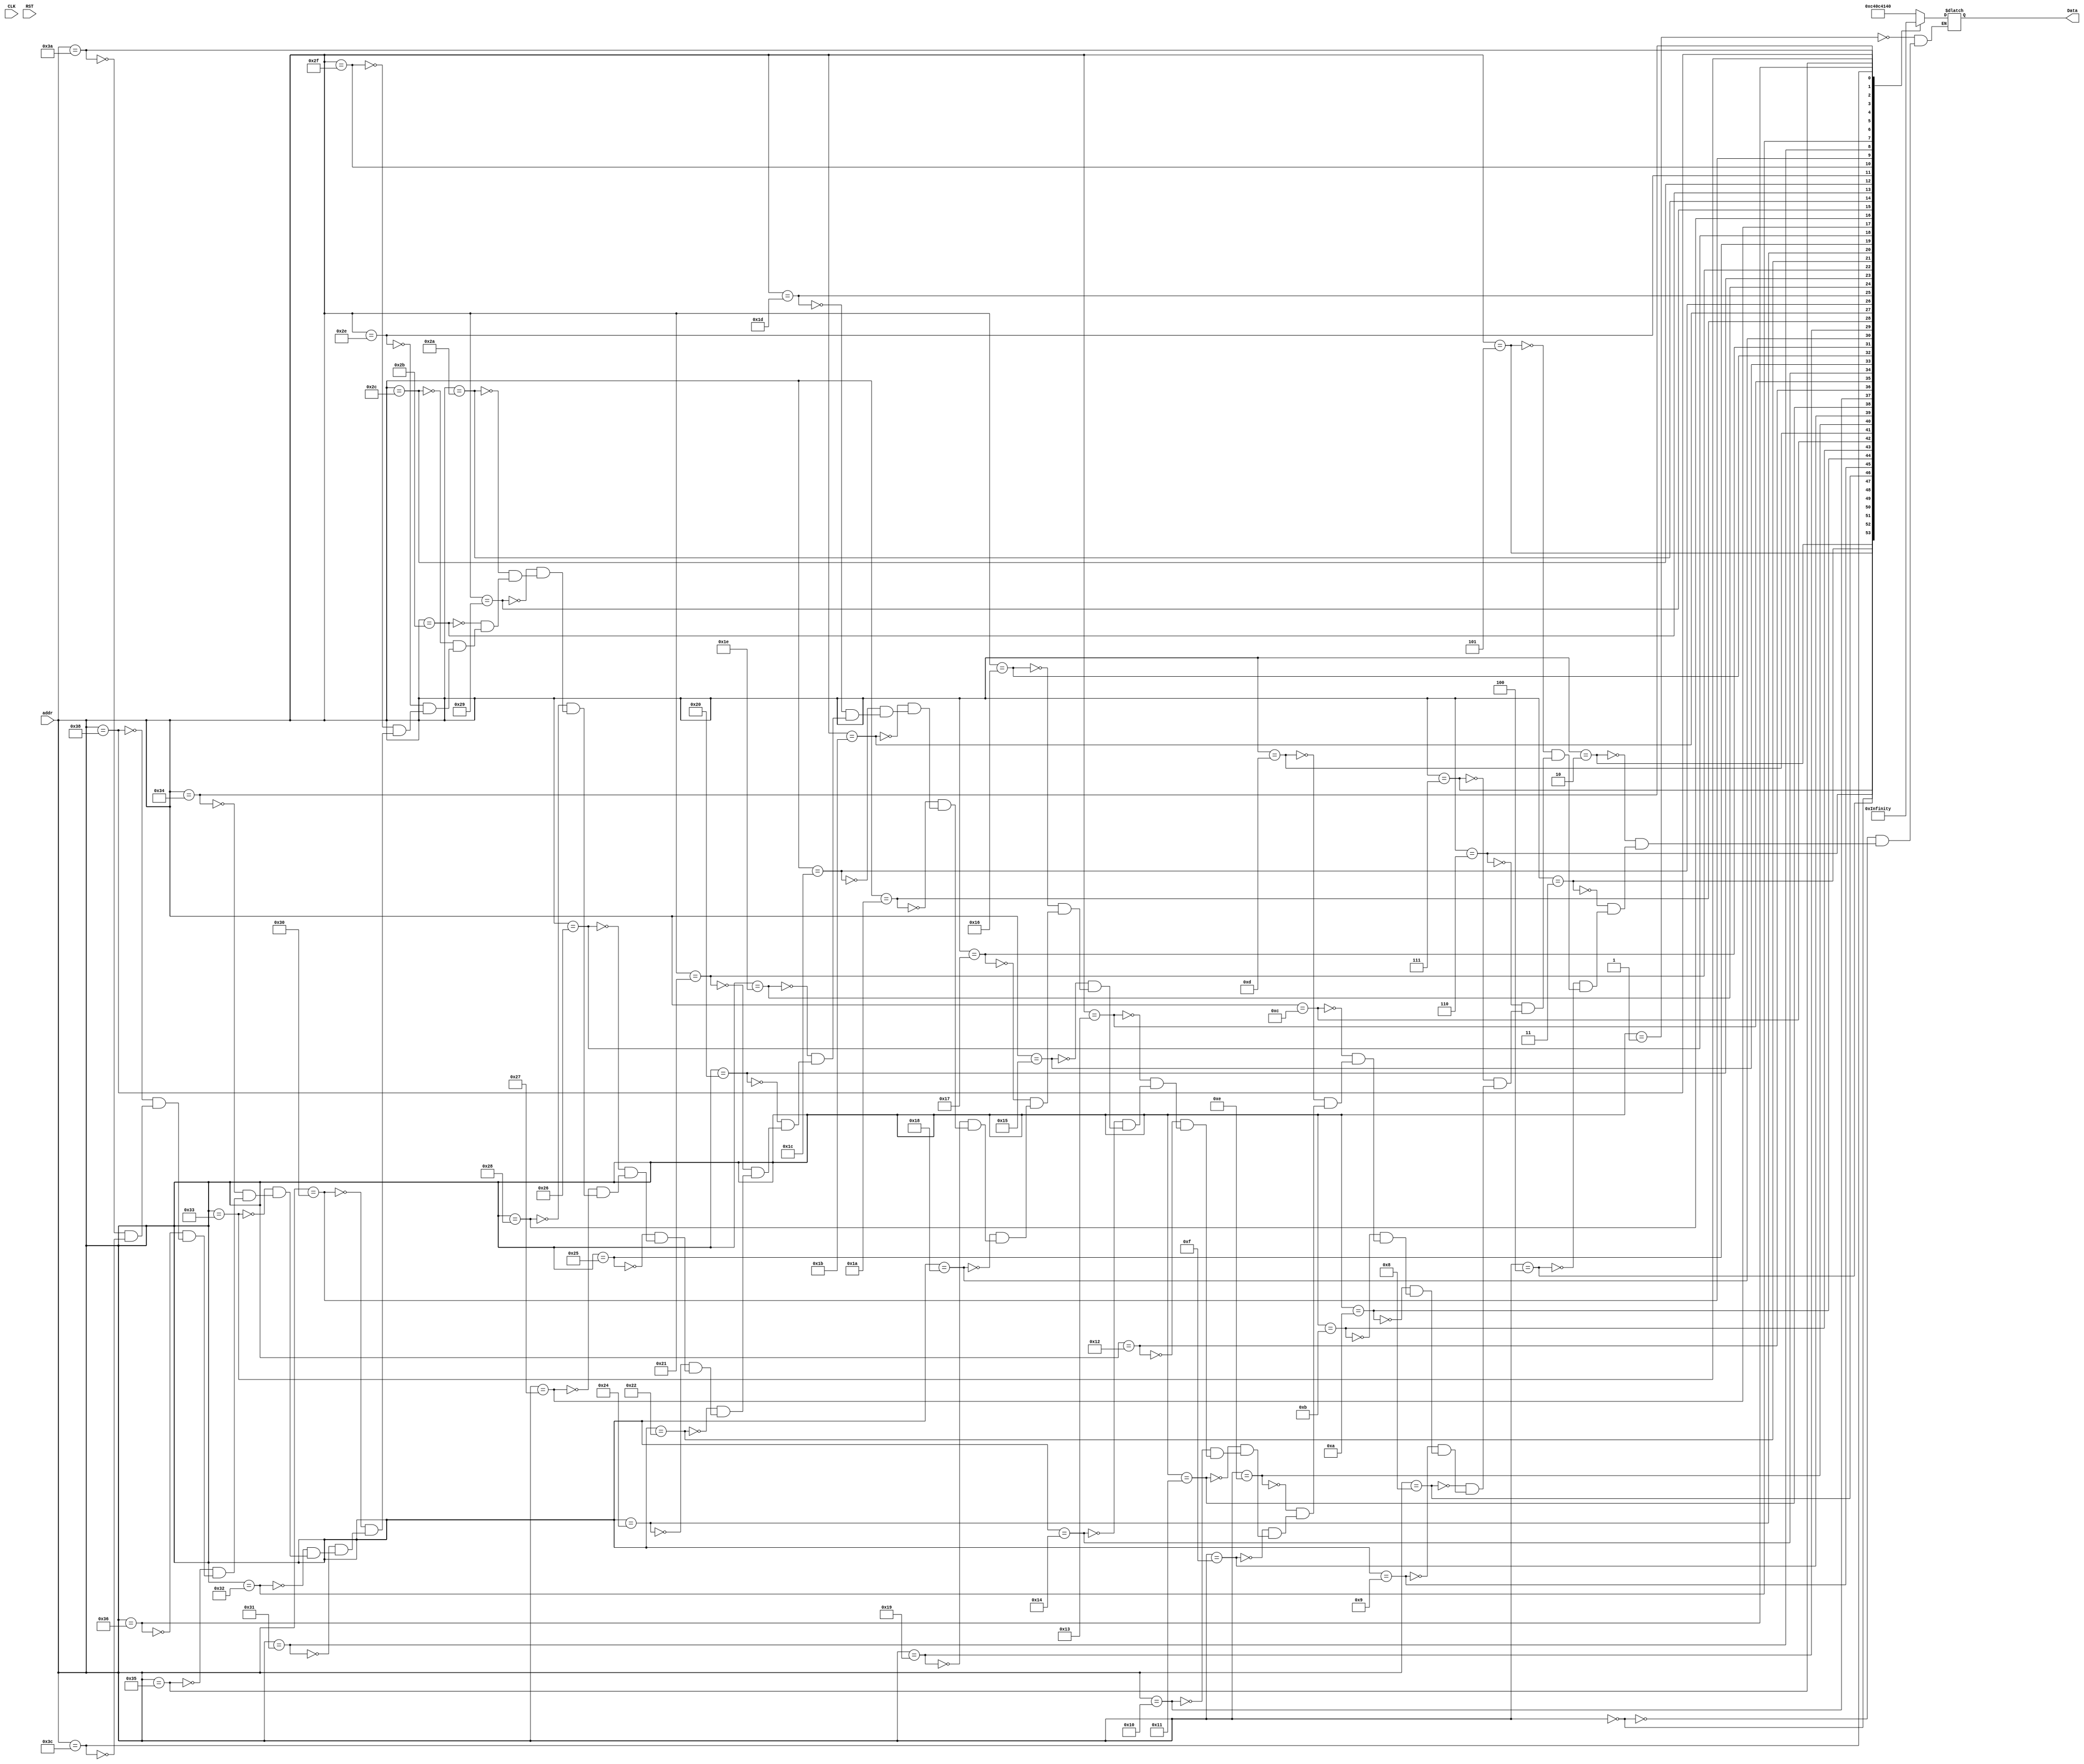


  module inst_mem(CLK, addr, Data,RST);

  input CLK,RST;
  input [5:0]addr;
  output reg[31:0]Data;
  

   always @(*) begin
             case(addr)
	  //******************* reg-reg Operation********************/ 

		 6'd1:    Data =    32'b1100_0100_000011_000100_000101_000000;                 // SUB
                 6'd0:    Data =    32'b1100_0000_000000_000001_000010_000000;                 // ADD               
		 6'd2:    Data =    32'b1100_1000_000110_000111_001000_000000;                 // PASS THROUGH
                 6'd3:    Data =    32'b1100_1100_001001_001010_001011_000000;                 // PASS THROUGH 
		 6'd4:    Data =    32'b1100_0001_001100_001101_001110_000000;                 // LOGICAL AND
	     	 6'd5:    Data =    32'b1100_0101_001111_010000_010001_000000;                 // LOGICAL OR
	         6'd6:    Data =    32'b1100_1001_010010_010011_010100_000000;                 // LOGICAL NOT
		 6'd7:    Data =    32'b1100_1101_010101_010110_010111_000000;                 // LOGICAL EQUALITY
                 6'd8:    Data =    32'b1100_0010_011000_011001_011010_000000;                 // BITWISE AND
		 6'd9:    Data =    32'b1100_0110_011011_011100_011101_000000;                 // BITWISE OR
	        6'd10:    Data =    32'b1100_1010_011110_011111_100000_000000;                 // BITWISE NOT
                6'd11:    Data =    32'b1100_1110_100001_100010_100011_000000;                 // BITWISE XOR             
		6'd12:    Data =    32'b1100_0011_100100_100101_100110_000000;                 // SHIFT RIGHT
	        6'd13:    Data =    32'b1100_0111_100111_101000_101001_000000;                 // SHIFT LEFT
                6'd14:    Data =    32'b1100_1011_101010_101011_101100_000000;                 // ARITHMETIC SHIFT LEFT
                6'd15:    Data =    32'b1100_1111_101101_101110_101111_000000;                 // ARITHMETIC SHIFT RIGHT
		
    
      //********************Reg-Imm Operation********************/ 
 
       6'd17:Data =  32'b1001_0100_000001_000011_1001101011_01;   //SUBI  R3 <- Aimm + R1
       6'd16:Data =  32'b1001_0000_000000_000010_1010100110_01;   // ADDI R2 <- Aimm + R0

      //*****************Imm-reg Instruction*********************/
       
       6'd18: Data = 32'b1010_1001_110100_110101_1011001100_01;  //ORI 
       6'd19: Data = 32'b1110_1000_000110_000111_1010010011_01;  //ANI R7 <- R6 & AIMM
       6'd20: Data = 32'b1101_0010_000000_001011_1010011000_01;  //mov R11 <- AIMM

      //**********************Imm-Imm Instruction***********************//
      
      6'd21:  Data = 32'b1111_0000_101000_01010110_10110010_01; // ADD AIMM Bimm

     //**************************Memory instruction********************************/
      
 
       // Opcode, R_INST, W_INST, ADDR(8(BSEL,REG_SEL+opcode(R_W,X,Y,IN))+ 6 + 6+ 10bit(ADDR) + if(2 bit LSB == 2'b11 then Memory Operation)
       
       // 4 byte
       6'd22: Data = 32'b11_00_1_10_0_000000_001000_0000001100_11; //load  R8 <- data(AX-10)[BSEL+ REG-SEL+ R_W+ X+ Y+ IN+ R_INST+ W_INST+ ADDR+ Memory operation] 
              // 3 byte
       6'd23: Data = 32'b10_00_1_10_0_000000_001100_0000001110_11; //load 
              // 2 byte
       6'd24: Data = 32'b01_00_1_10_0_000000_001001_0000001101_11; //load  
              // 1 byte
       6'd25: Data = 32'b00_00_1_10_0_000000_001001_0000001111_11; //load  
    
       
       //4 byte
       6'd26: Data = 32'b11_00_0_10_0_000100_000000_0010001010_11; //store 
      
       6'd27: Data = 32'b10_00_0_10_0_010100_000000_0011001010_11; //store 
            
       6'd28: Data = 32'b01_00_0_10_0_000110_000000_1010001010_11; //store   
             
       6'd29: Data = 32'b00_00_0_10_0_010101_000000_0010001110_11; //store 
       6'd30: Data = 32'b1101_1100_000000_001011_0000000011_01;    // pass through 
      
       //*******Indirect Addressing Mode******/
        //  CLK --> 1:  Load = R_W=1 + X/Y + IN=1 + R_INST + W_INST
        //  CLK --> 2:  IN=0, R_W=0;
           6'd32: Data = 32'b11_00_1_10_1_001011_011100_0000000000_11;                      
           6'd33: Data = 32'b11_00_0_10_0_001011_011100_0000000000_11;   //Load Operation   

           6'd34: Data = 32'b1101_1100_000000_001111_0000000111_01;      // pass through
	 // Store: CLK --> 1: IN=0, R_INST, R_W=0, X/Y, W_INST(any not required for operation) 
	 //        CLK --> 2: IN=1, R_INST, R_W=0, X/Y, W_INST(any)
        6'd36: Data = 32'b11_00_0_10_0_001111_000000_0000000000_11; 
	6'd37: Data = 32'b11_00_0_10_1_001110_000000_0000000000_11; 
        6'd38: Data = 32'b11_00_1_10_0_000000_000000_0000000001_11;       
      //*********************** Jump Instruction *****************//   
      // {BSEL+REGSEL} + {{X/Y} + R_W + IN} +  ADDR 6 bits + {CON 1 bits + CARRY + PARITY + ZERO} + 2 bits jump op
      //
      //  
      //  Cases:  Absolute jump 
      //          Absolute Conditional Jump
      //          Indirect Jump
      //          Indirect Conditional jump
       
       6'd39:  Data = 32'b1100_010101_010110_010111_000000; 

      6'd40:  Data = 32'b1111_0000_101011_000000000000_0000_10  ; 

       6'd41:  Data = 32'b1111_0000_101100_000000000000_1100_10  ;  // Absolute CON - Carry  
       6'd42:  Data = 32'b1111_0000_101001_000000000000_1010_10  ;  
      6'd43:  Data = 32'b1111_0000_101010_000000000000_1001_10  ; 

      6'd44:  Data = 32'b1111_1011_000010_000000000000_1011_10  ; // Indirect Jump

      6'd46:  Data = 32'b1111_0001_000011_000000000000_1100_10  ; // Indirect CON
      6'd47:  Data = 32'b1111_0001_000100_000000000000_1010_10  ; // Indirect CON
      6'd48:  Data = 32'b1111_0001_000101_000000000000_1001_10  ; // Indirect CON
       

       //*******************  AVERAGE OF 8 NUMBERS *************************//
       // ADD R6,<-- R1, R0
       // ADD R7,<-- R3, R2
       // ADD R8,<-- R5, R4
       // ADD R9,<-- R7, R6
       // ADD R10,<- R6, R7
       // ADD R11,<- R8, R9
       // ADD R12,<- R10, R11
       // Shift_Right A12, Bimm(02)shift right by 2   
      

     /*  6'd49:    Data =    32'b1100_0000_000000_000001_000110_000000;
         6'd50:    Data =    32'b1100_0000_000010_000011_000111_000000;     
         6'd51:    Data =    32'b1100_0000_000100_000101_001000_000000;     
         6'd52:    Data =    32'b1100_0000_000110_000111_001001_000000;     
         6'd53:    Data =    32'b1100_0000_000111_000110_001010_000000;     
         6'd54:    Data =    32'b1100_0000_001001_001000_001011_000000;
         6'd55:    Data =    32'b1100_0000_001011_001010_001100_000000;    */


         6'd49:  Data = 32'b1111_0000_000001_00000010_00000110_01;
         6'd50:  Data = 32'b1111_0000_000010_00000110_00000011_01; 
	 6'd51:  Data = 32'b1111_0000_000011_00000110_00001010_01; 
	 6'd52:  Data = 32'b1111_0000_000100_00001010_00001101_01;

	 6'd53:  Data = 32'b1100_0000_000001_000010_000101_000000;
 	 6'd54:  Data = 32'b1100_0000_000011_000100_000110_000000;

  	 6'd56:  Data = 32'b1100_0000_000110_000101_000111_000000; // add

	 6'd58:  Data =  32'b1101_0011_000111_001000_0000000011_01; // shift

         6'd60:  Data =  32'b1101_0000_001000_001001_0000000000_01; 
	

	  
       
         
	endcase
        end   

	   
	   

	   
endmodule